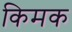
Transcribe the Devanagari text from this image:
किमक